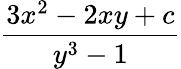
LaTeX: \frac{3x^{2}-2xy+c}{y^{3}-1}